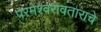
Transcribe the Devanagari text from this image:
परमेश्वरावताराचे